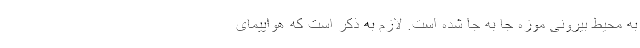
به محیط بیرونی موزه جا به جا شده است. لازم به ذکر است که هواپیمای